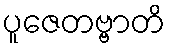
ပူဇေတဗ္ဗာတိ